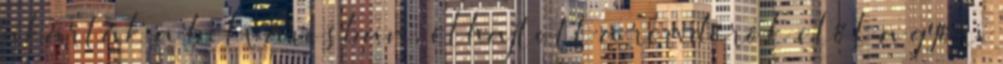
akarták a belvárosban, elhajtott a rendőrök elől a győri